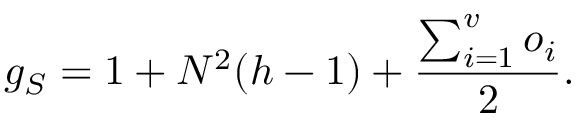
g _ { S } = 1 + N ^ { 2 } ( h - 1 ) + \frac { \sum _ { i = 1 } ^ { v } o _ { i } } { 2 } .